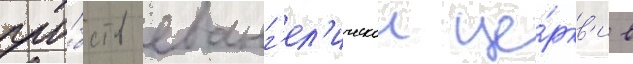
про́бств еванг'ел'ическои це́ркв'и в